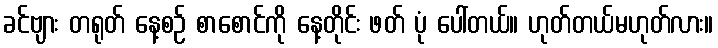
ခင်ဗျား တရုတ် နေ့စဉ် စာစောင်ကို နေ့တိုင်း ဖတ် ပုံ ပေါ်တယ်။ ဟုတ်တယ်မဟုတ်လား။